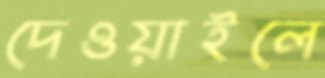
দেওয়াইলে